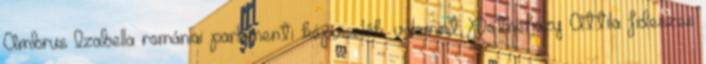
Ambrus Izabella romániai parlamenti képviselők, valamint Petneházy Attila fideszes